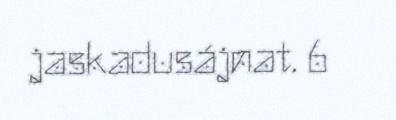
jaskadusájnat. 6